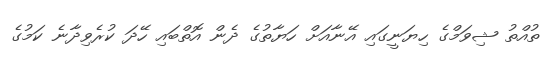
ތުއްތު ޝިވަމްގެ ހިޔަނީގައި އޭނާއަށް ހަޔާތުގެ ދެން އޮތްބައި ހޭދަ ކުރެވިދާނެ ކަމުގެ